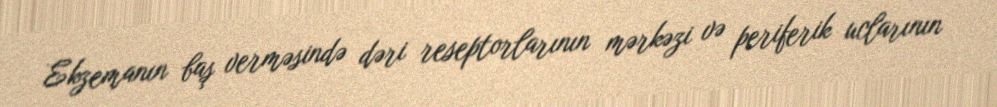
Ekzemanın baş verməsində dəri reseptorlarının mərkəzi və periferik uclarının